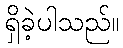
ရှိခဲ့ပါသည်။